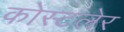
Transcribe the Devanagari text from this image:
कोस्टलेर